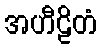
အဟီဠိတံ